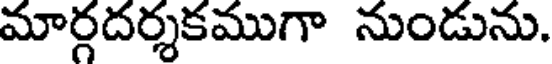
మార్గదర్శకముగా నుండును.